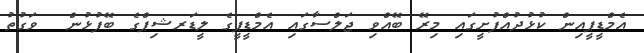
އެމްޑީޕީއިން ކުޅުދުއްފުށީގައި މިރޭ ބޭއްވި ޖަލްސާގައި އެމްޑީޕީގެ ލީޑަރޝިޕްގެ ބޭފުޅުން  ވަގުތު